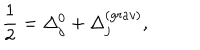
LaTeX: \frac { 1 } { 2 } = \Delta _ { j } ^ { 0 } + \Delta _ { j } ^ { ( g r a v ) } ,